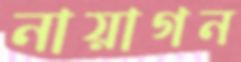
নায়াগন